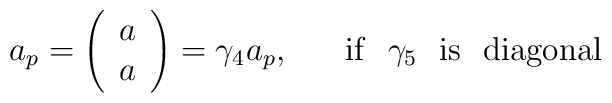
a_{p}= \left(\begin{array}{c}a \\  a\end{array}     \right) = \gamma_{4} a_{p},~~~~~{\rm if}~~ \gamma_{5}~~ {\rm is~~ diagonal} \nonumber